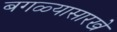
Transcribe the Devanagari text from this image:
बगळ्यासारखे